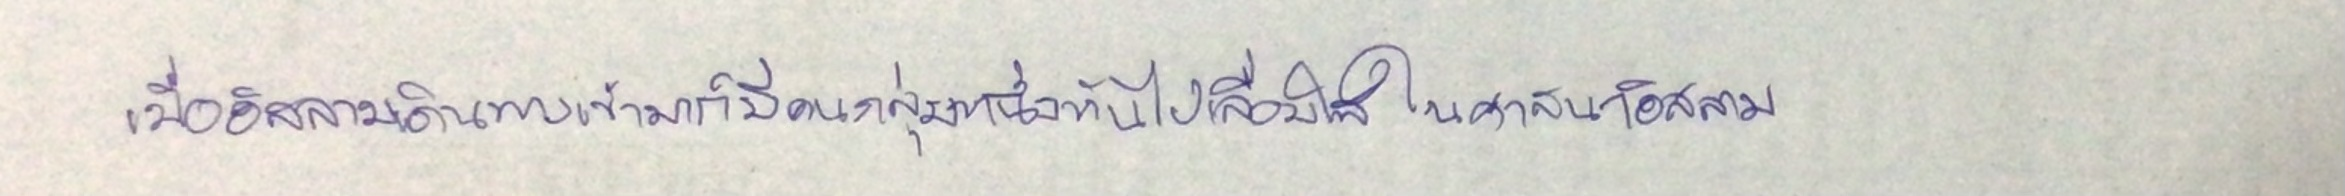
เมื่ออิสลามเดินทางเข้ามาก็มีคนกลุ่มหนึ่งหันไปเลื่อมใสในศาสนาอิสลาม